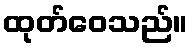
ထုတ်ဝေသည်။